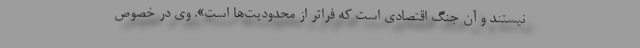
نیستند و آن جنگ اقتصادی است که فراتر از محدودیت‌ها است». وی در خصوص